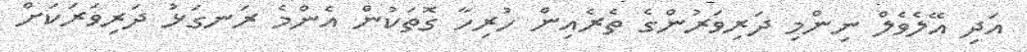
އަދި އޭލެވެލް ނިންމި ދަރިވަރުންގެ ތެރެއިން ހުރިހާ ގޮތަކުން އެންމެ ރަނގަޅު ދަރިވަރަކަށް